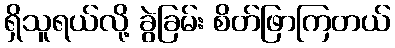
ရှိသူရယ်လို့ ခွဲခြမ်း စိတ်ဖြာကြတယ်